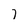
Character: 7